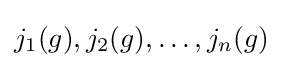
j_{1}(g),j_{2}(g),\ldots ,j_{n}(g)